Indian journal of veterinary science and animal husbandry - Volumes 18-21, 1948-1951
Year: 1948
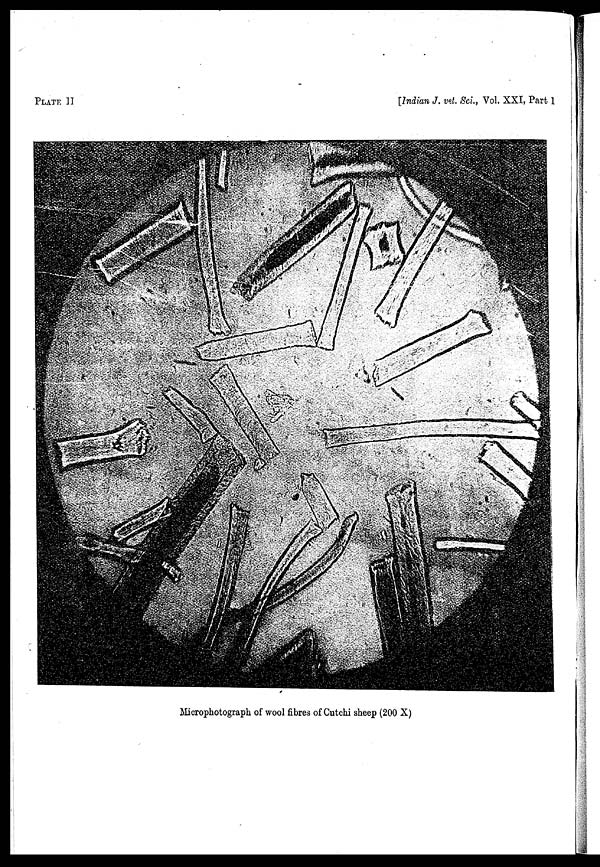
PLATE II
[Indian J. vet. Sci., Vol. XXI, Part 1
Microphotograph of wool fibres of Cutchi sheep (200 X)